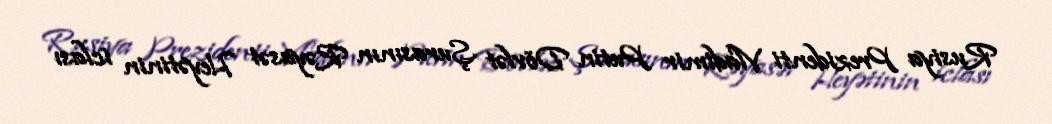
Rusiya Prezidenti Vladimir Putin Dövlət Şurasının Rəyasət Heyətinin iclası